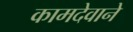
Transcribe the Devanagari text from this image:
कामदेवाने